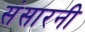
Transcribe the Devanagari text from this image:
संसारनी